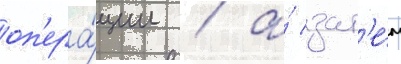
оп'ера́ции / а́ зат'е́м